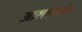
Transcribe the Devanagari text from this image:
आलाक्कोड